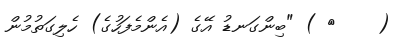
(    ١ ) "ބިންގަނޑު އޭގެ (އެންމެފަހުގެ) ހެލިގަތުމުން